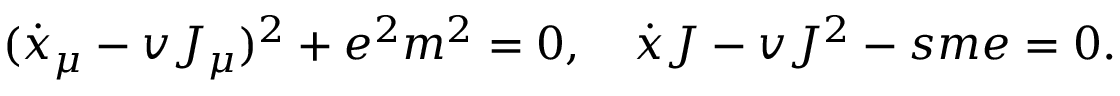
( \dot { x } _ { \mu } - v J _ { \mu } ) ^ { 2 } + e ^ { 2 } m ^ { 2 } = 0 , \quad \dot { x } J - v J ^ { 2 } - s m e = 0 .